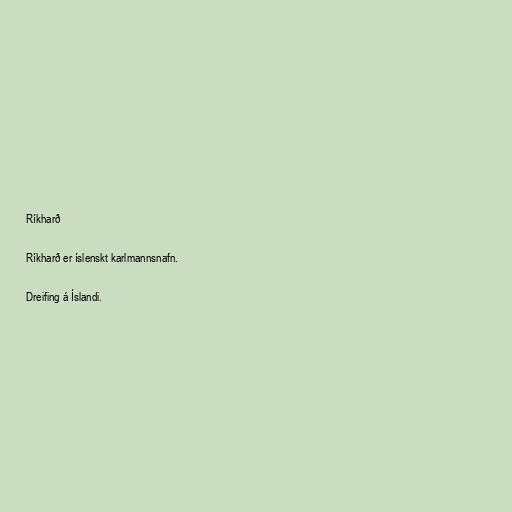
Ríkharð

Ríkharð er íslenskt karlmannsnafn.

Dreifing á Íslandi.